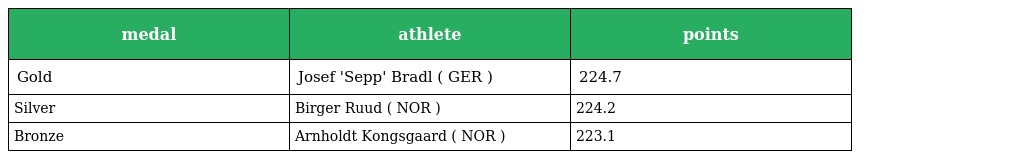
| medal | athlete | points |
 | --- | --- | --- |
 | Gold | Josef 'Sepp' Bradl ( GER ) | 224.7 |
 | Silver | Birger Ruud ( NOR ) | 224.2 |
 | Bronze | Arnholdt Kongsgaard ( NOR ) | 223.1 |